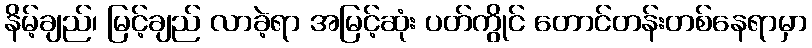
နိမ့်ချည်၊ မြင့်ချည် လာခဲ့ရာ အမြင့်ဆုံး ပတ်ကွိုင် တောင်တန်းတစ်နေရာမှာ